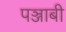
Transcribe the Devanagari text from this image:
पञ्जाबी